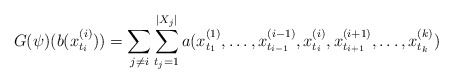
\begin{align*}G(\psi)(b(x^{(i)}_{t_i}))= \sum _{j\ne i} \sum_{t_j=1}^{|X_j|} a(x^{(1)}_{t_1},\dots ,x^{(i-1)}_{t_{i-1}}, x^{(i)}_{t_i},x^{(i+1)}_{t_{i+1}},\dots ,x^{(k)}_{t_k})\end{align*}